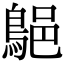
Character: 𪁗